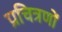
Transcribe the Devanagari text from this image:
प्रचित्रणों